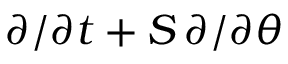
\partial / \partial t + { \cal S } \, \partial / \partial \theta